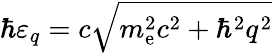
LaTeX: \hbar\varepsilon_{q}=c\sqrt{m_{\mathrm{e}}^{2}c^{2}+\hbar^{2}q^{2}}